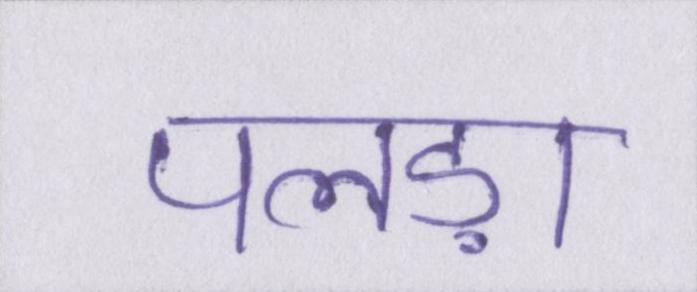
पलड़ा